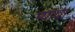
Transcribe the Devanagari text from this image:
प्‍यादा